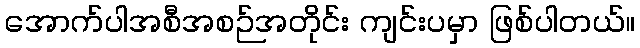
အောက်ပါအစီအစဉ်အတိုင်း ကျင်းပမှာ ဖြစ်ပါတယ်။